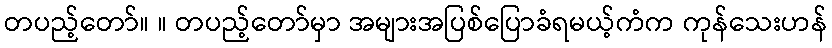
တပည့်တော်။ ။ တပည့်တော်မှာ အများအပြစ်ပြောခံရမယ့်ကံက ကုန်သေးဟန်